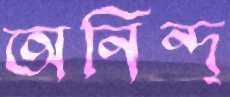
অনিন্দ্